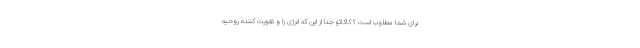
برای شما مطلوب است ؟ کاکائو جدا از این که انرژی زا و تقویت کننده روحیه